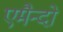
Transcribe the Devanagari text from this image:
एमैन्दो